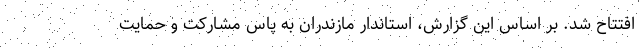
افتتاح شد. بر اساس این گزارش، استاندار مازندران به پاس مشارکت و حمایت